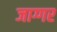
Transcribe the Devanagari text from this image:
जाग्गर